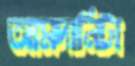
আমদানিটা